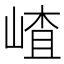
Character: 嵖